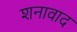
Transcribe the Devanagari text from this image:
शनावाद